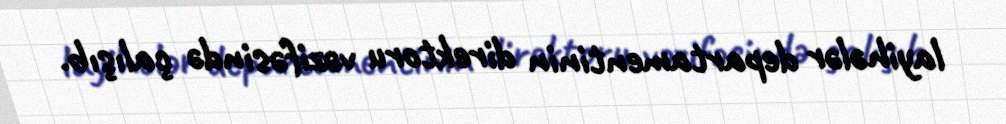
layihələr departamentinin direktoru vəzifəsində çalışıb.